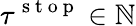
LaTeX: \tau^{\mathrm{~s~t~o~p~}}\in\mathbb{N}